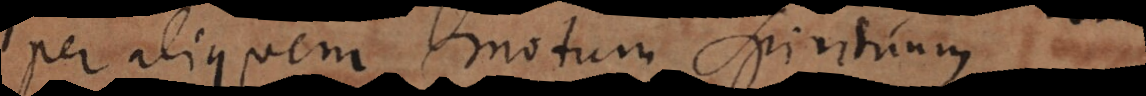
per aliquem motum spirituum